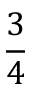
\frac 3 4